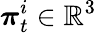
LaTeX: {\boldsymbol{\pi}}_{t}^{i}\in\mathbb{R}^{3}